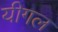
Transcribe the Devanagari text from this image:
यीगल